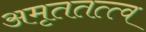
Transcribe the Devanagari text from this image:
अमृततत्त्व